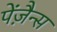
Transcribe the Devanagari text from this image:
पेंज़ैन्स